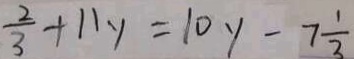
\frac { 2 } { 3 } + 1 1 y = 1 0 y - 7 \frac { 1 } { 3 }